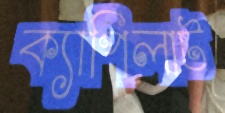
ক্যাপিলাট